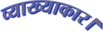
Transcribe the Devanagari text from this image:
व्याख्याकार।